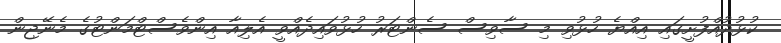
ކުޅުދުއްފުށީގައި އިއްޔެ ހުޅުވި މި ސާވިސް ސެންޓަރު ހުޅުވައިދެއްވީ އެލިއާ އިންވެސްޓްމަންޓުގެ މެނޭޖިން